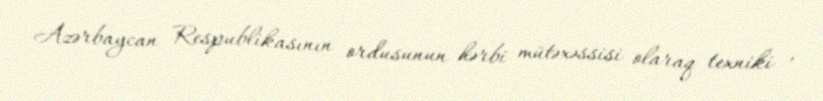
Azərbaycan Respublikasının ordusunun hərbi mütəxəssisi olaraq texniki ,